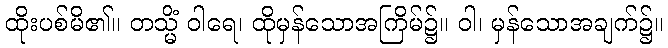
ထိုးပစ်မိ၏။ တသ္မိံ ဝါရေ၊ ထိုမှန်သောအကြိမ်၌။ ဝါ၊ မှန်သောအချက်၌။